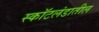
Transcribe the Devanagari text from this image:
स्कॉटलंडातील